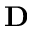
{ \bf D }